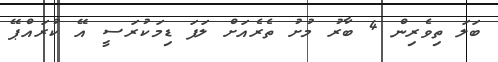
ބަލަ ތިވެރިން 4 ބާރު މުށު ތެރެއަށް ލަފަ ޑިމަކުރަސީ އޭ ކުރައްޕޭ